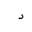
Letter: _dal